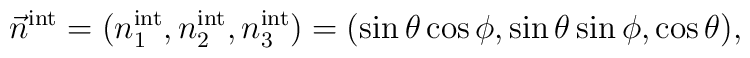
\vec{n}^{\rm int} =(n_{1}^{\rm int},n_{2}^{\rm int},n_{3}^{\rm int})=(\sin\theta\cos\phi,\sin\theta\sin\phi,\cos\theta),